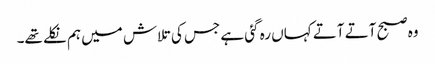
وہ صبح آتے آتے کہاں رہ گئی ہے جس کی تلاش میں ہم نکلے تھے۔